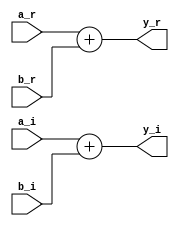
module add_imag
#(parameter DATA_WIDTH = 64)
(a_r, a_i, b_r, b_i, y_r, y_i);

  input [DATA_WIDTH - 1: 0] a_r;
  input [DATA_WIDTH - 1: 0] a_i;
  input [DATA_WIDTH - 1: 0] b_r;
  input [DATA_WIDTH - 1: 0] b_i;

  output [DATA_WIDTH - 1: 0] y_r;
  output [DATA_WIDTH - 1: 0] y_i;

  assign y_r = a_r + b_r;
  assign y_i = a_i + b_i;

endmodule